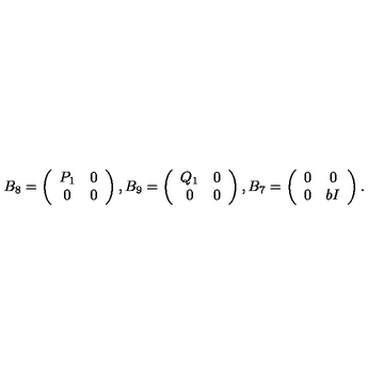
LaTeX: B _ { 8 } = \left( \begin{array} { c c } { P _ { 1 } } & { 0 } \\ { 0 } & { 0 } \\ \end{array} \right) , B _ { 9 } = \left( \begin{array} { c c } { Q _ { 1 } } & { 0 } \\ { 0 } & { 0 } \\ \end{array} \right) , B _ { 7 } = \left( \begin{array} { c c } { 0 } & { 0 } \\ { 0 } & { b I } \\ \end{array} \right) .